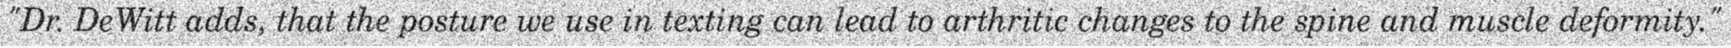
"Dr. DeWitt adds, that the posture we use in texting can lead to arthritic changes to the spine and muscle deformity."